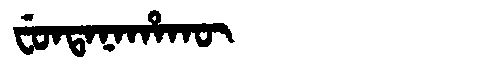
Manchu: ᠸᡠᠨᡨᠠᠨᠠᡥᠠᡴᡡ
Romanization: FUNTANAHAKŪ